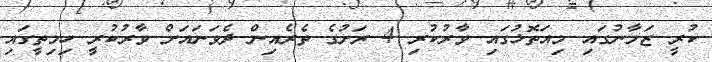
ކުރީ ޒަމާނުގައި މިއަތޮޅުގައި ވާރުކުރި 4 ރަށުގެ ތެރެއިން ދެވަނައަށް ވާރުކުރީ ހިމިތީގައި